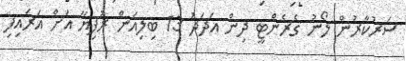
ސަރުކާރުން ލޯނު ގެރެންޓީ ދިން އަދަދު 13 ބިލިއަން ރުފިޔާ އަށް އަރައިފި